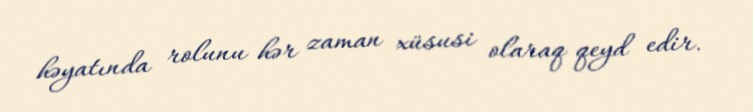
həyatında rolunu hər zaman xüsusi olaraq qeyd edir.